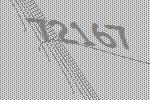
72167